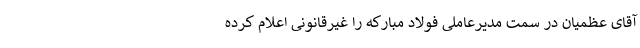
آقای عظمیان در سمت مدیرعاملی فولاد مبارکه را غیرقانونی اعلام کرده